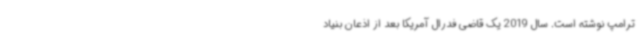
ترامپ نوشته است. سال 2019 یک قاضی فدرال آمریکا بعد از اذعان بنیاد